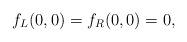
LaTeX: \begin{align*}f_L(0,0) = f_R(0,0) = 0,\end{align*}